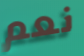
نعم